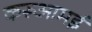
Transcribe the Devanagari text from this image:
करूआमई